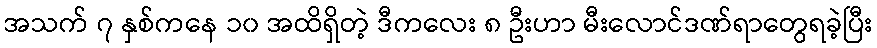
အသက် ၇ နှစ်ကနေ ၁၀ အထိရှိတဲ့ ဒီကလေး ၈ ဦးဟာ မီးလောင်ဒဏ်ရာတွေရခဲ့ပြီး